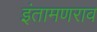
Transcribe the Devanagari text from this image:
इंतामणराव